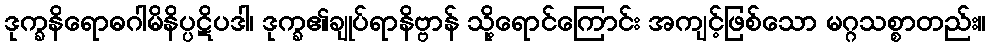
ဒုက္ခနိရောဓဂါမိနိပ္ပဋိပဒါ၊ ဒုက္ခ၏ချုပ်ရာနိဗ္ဗာန် သို့ရောင်ကြောင်း အကျင့်ဖြစ်သော မဂ္ဂသစ္စာတည်း။